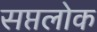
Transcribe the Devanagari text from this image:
सप्तलोक